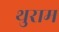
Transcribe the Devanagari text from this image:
थुराम